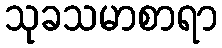
သုခသမာစာရာ